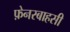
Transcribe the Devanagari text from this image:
फ़ेनरबाहसी